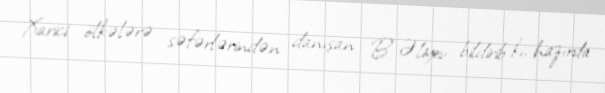
Xarici ölkələrə səfərlərindən danışan B. Əliyev bildirib ki, hazırda